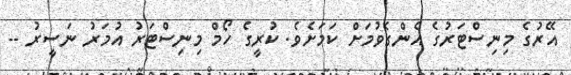
އޭރުގެ މިނިސްޓަރުގެ އެންގެވުމަށް ކަމަށެވެ. ކުރީގެ ހޯމް މިނިސްޓަރު އުމަރު ނަސީރު --